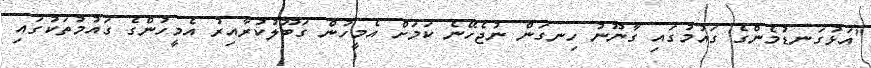
"އަޅުގަނޑުމެންގެ ގައުމުގައި ގާނޫނު ހިނގަން ނުޖެހޭނެ ކަމަށް އެމީހުން ގަބޫލުކުރާއިރު އެމީހުންގެ ގައުމުތަކުގައި